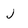
Character: J